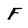
Character: F